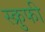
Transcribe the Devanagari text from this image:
स्क्रुफी